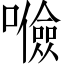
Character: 𱕚